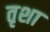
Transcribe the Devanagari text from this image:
तृशा